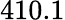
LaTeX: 410.1